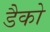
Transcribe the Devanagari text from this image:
डैको